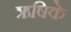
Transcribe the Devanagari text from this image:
ऋषिके